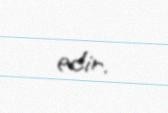
edir.